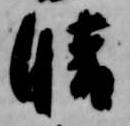
晴